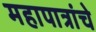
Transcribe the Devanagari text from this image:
महापात्रांचे